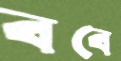
ববে